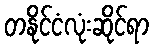
တနိုင်ငံလုံးဆိုင်ရာ